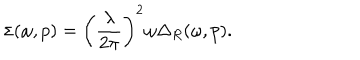
LaTeX: \sigma ( \omega , p ) = \left( \frac { \lambda } { 2 \pi } \right) ^ { 2 } \omega \Delta _ { R } ( \omega , p ) .